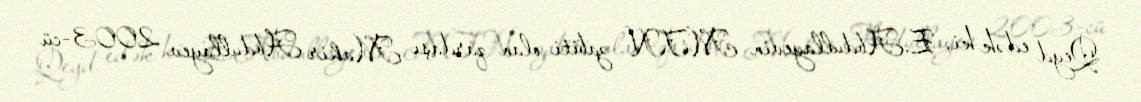
Qeyd edək ki, E.Abdullayevin MTN zabiti olan qardaşı Mahir Abdullayev 2003-cü